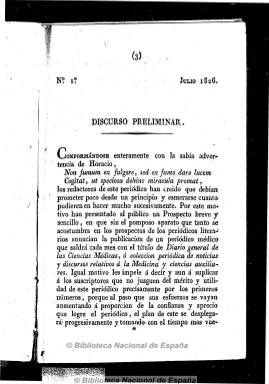
Título: Diario general de las ciencias médicas o Colección periódica de noticias y discursos relativos á la medicina y ciencias auxiliares
Otros títulos: Colección periódica de noticias y discursos relativos a la medicina y las ciencias auxiliares
Colección: Medicina
Ámbito geográfico: Barcelona
Lugar de publicación: Barcelona
Fechas: 01/07/1826-31/12/1832

La restricción a la prensa política durante el reinado absolutista de Fernando VII dará opción, sin embargo, al surgimiento de numerosos periódicos de carácter científico. Este es el caso de este periódico de aparición mensual, de entre el medio y el centenar de páginas por número que editará en Barcelona el médico Pedro Felipe Monlau y Roca (1808-1871), e inspirado en la prensa francesa de este carácter.

Contendrá recopilaciones de noticias de otros periódicos, sobre todo extranjeros, pero, especialmente, artículos, discursos, memorias y estudios relativos a la medicina y sus ciencias auxiliares, sus descubrimientos y mejoras, historia de enfermedades, su diagnóstico y métodos curativos, preparación de medicamentos y su aplicación, así como de higiene pública, epidemiología, bibliografía especializada y alguna biografía y necrológica.

En la redacción del periódico intervienen los médicos Félix Janer y Ramón Yáñez, así como el farmacéutico Agustin Yáñez Girona.

Aparece en julio de 1826, editando sus primeros dieciocho números, que forman los cuatro primeros tomos de su colección, impresos “con real privilegio” por J. Mayol y Compañía. Tras una suspensión, reaparece en julio de 1829, imprimiendo J. Cherta y Compañía otros doce números, que forman los tomos V y VI. Suspendido de nuevo, reaparece en enero de 1832, pero esta vez bajo la dirección del padre de su fundador, Jaime Monlau España, junto al doctor Wencelslao Picas, hasta su desaparición en 1833, formando sus números los tomos VII y VIII, impresos por J. Verdaguer, y los tomos IX y X, por A. Begnes y Compañía. Entre otros índices, suele publicar unos semestrales.